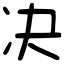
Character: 决